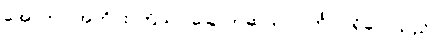
အောက်ပါအတိုင်း ကြိယာ ခြောက်ဆယ် လင်္ကာပါရှိလေသည်။